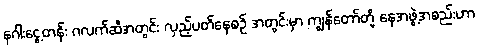
နဂါးငွေ့တန်း ဂလက်ဆီအတွင်း လှည့်ပတ်နေစဉ် အတွင်းမှာ ကျွန်တော်တို့ နေအဖွဲ့အစည်းဟာ